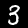
Label: 3